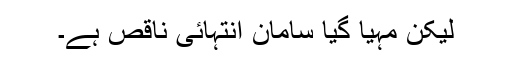
لیکن مہیا گیا سامان انتہائی ناقص ہے۔